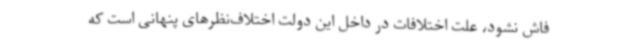
فاش نشود، علت اختلافات در داخل این دولت اختلاف‌نظرهای پنهانی است که